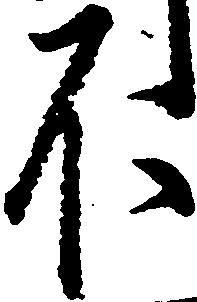
不